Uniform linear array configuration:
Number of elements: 16
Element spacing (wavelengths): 0.75
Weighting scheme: hann
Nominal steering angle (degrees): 0
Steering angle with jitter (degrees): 0.9713
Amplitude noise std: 0.05
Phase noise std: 0.05

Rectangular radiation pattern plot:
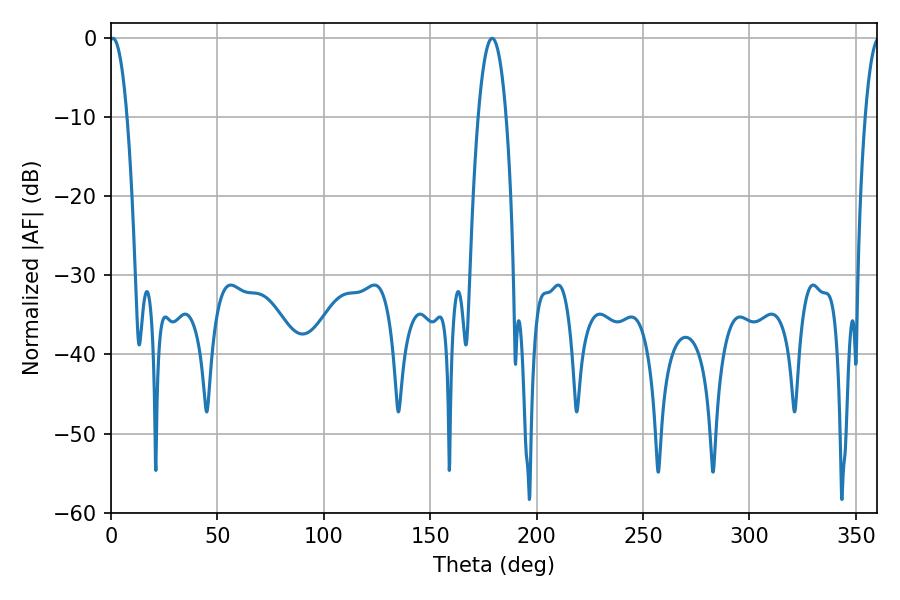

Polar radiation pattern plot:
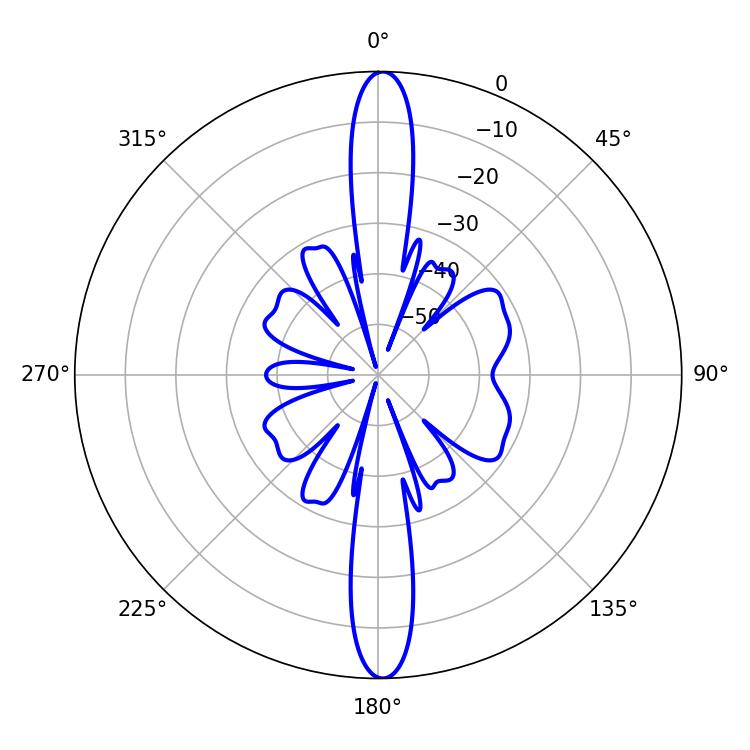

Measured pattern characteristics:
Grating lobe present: TRUE
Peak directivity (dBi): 26.268
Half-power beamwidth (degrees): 4.5
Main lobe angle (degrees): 0.9